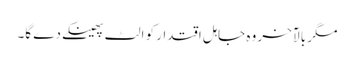
مگر بالآخر وہ جاہل اقتدار کو الٹ پھینکےدے گا۔